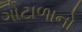
ગોટાળાનો